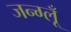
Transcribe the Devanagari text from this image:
जन्ग्लूँ